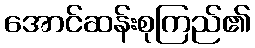
အောင်ဆန်းစုကြည်၏